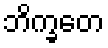
ဘိက္ခတေ